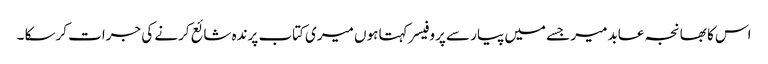
اس کا بھانجہ عابد میر جسے میں پیار سے پروفیسر کہتا ہوں میری کتاب پرندہ شائع کرنے کی جرات کرسکا ۔